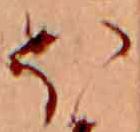
ほ